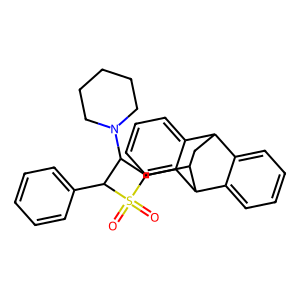
SMILES: O=S1(=O)C(c2ccccc2)C(N2CCCCC2)C1C1CC2c3ccccc3C1c1ccccc12
Inhibits HIV replication: No